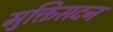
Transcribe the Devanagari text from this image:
मुक्तिसदन